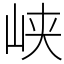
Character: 峡